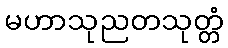
မဟာသုညတသုတ္တံ